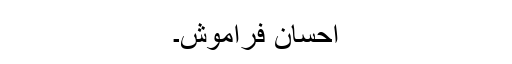
احسان فراموش۔